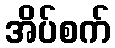
အိပ်စက်